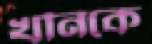
খনিকে